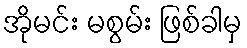
အိုမင်း မစွမ်း ဖြစ်ခါမှ